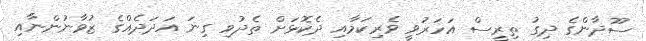
ސޫދާންގެ ދިގު ތިރީސް އަހަރުވީ ވެރިކަމާއި ދެކޮޅަށް ތެދުވި ގިނަ އަދަދެއްގެ ޒުވާނުންނާއި